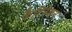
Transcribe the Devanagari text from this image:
कैटिनेशन